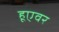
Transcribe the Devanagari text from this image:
हूएवर